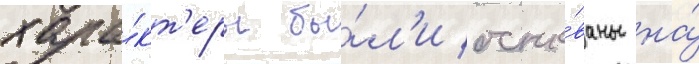
хара́кт'еры бы́л'и осно́ваны на́